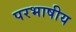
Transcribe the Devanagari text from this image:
परभाषीय